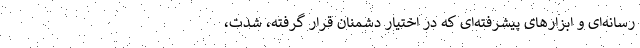
رسانه‌ای و ابزارهای پیشرفته‌ای که در اختیار دشمنان قرار گرفته، شدت،